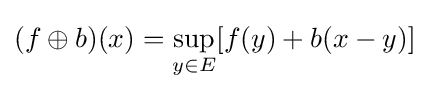
(f\oplus b)(x)=\sup _{y\in E}[f(y)+b(x-y)]